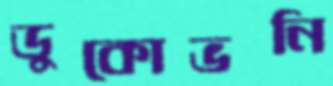
ডুকোভনি